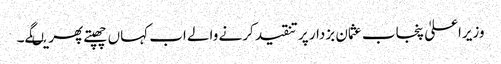
وزیراعلیٰ پنجاب عثمان بزدار پر تنقید کرنے والے اب کہاں چھپتے پھریںگے۔